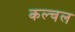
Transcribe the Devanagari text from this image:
कल्चल